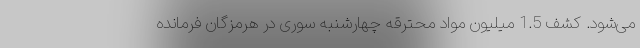
می‌شود. کشف 1.5 میلیون مواد محترقه چهارشنبه سوری در هرمزگان فرمانده